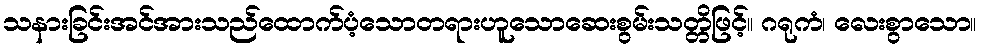
သနားခြင်းအင်အားသည်ထောက်ပံ့သောတရားဟူသောဆေးစွမ်းသတ္တိဖြင့်။ ဂရုကံ၊ လေးစွာသော။